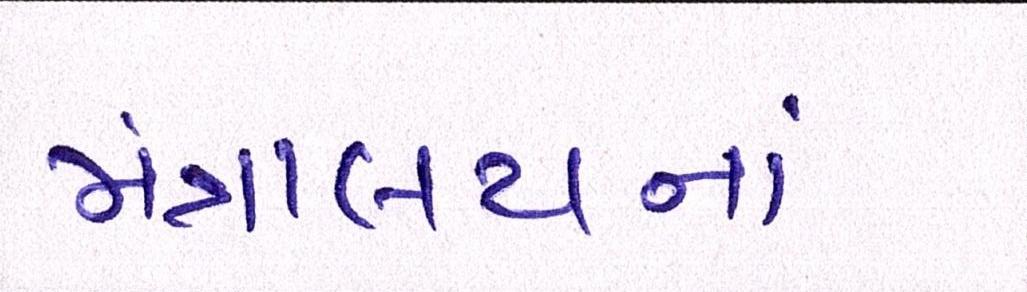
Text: મંત્રાલયનાં